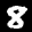
Label: 8